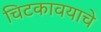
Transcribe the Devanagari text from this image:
चिटकावयाचे